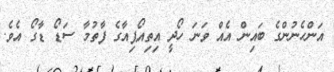
އަންހެނުންގެ ބައިން އެއް ވަނަ ހޯދީ އިތިއޯޕިއާގެ ފާތުމާ ސަޑޯ ޑާގޯ އެވެ.